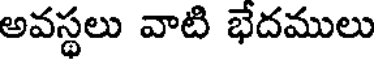
అవస్థలు వాటి భేదములు